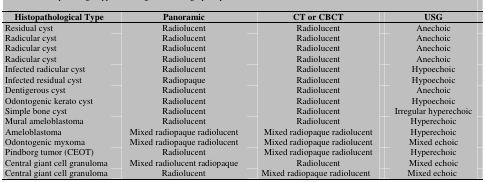
| Histopathological Type | Panoramic | CT or CBCT | USG |
 | --- | --- | --- | --- |
 | Residual cyst | Radiolucent | Radiolucent | Anechoic |
 | Radicular cyst | Radiolucent | Radiolucent | Anechoic |
 | Radicular cyst | Radiolucent | Radiolucent | Anechoic |
 | Radicular cyst | Radiolucent | Radiolucent | Anechoic |
 | Infected radicular cyst | Radiolucent | Radiolucent | Hypoechoic |
 | Infected residual cyst | Radiopaque | Radiolucent | Hypoechoic |
 | Dentigerous cyst | Radiolucent | Radiolucent | Anechoic |
 | Odontogenic kerato cyst | Radiolucent | Radiolucent | Hypoechoic |
 | Simple bone cyst | Radiolucent | Radiolucent | Irregular hyperechoic |
 | Mural ameloblastoma | Radiolucent | Radiolucent | Hyperechoic |
 | Ameloblastoma | Mixed radiopaque radiolucent | Mixed radiopaque radiolucent | Hyperechoic |
 | Odontogenic myxoma | Mixed radiopaque radiolucent | Mixed radiopaque radiolucent | Mixed echoic |
 | Pindborg tumor (CEOT) | Radiolucent | Mixed radiopaque radiolucent | Hyperechoic |
 | Central giant cell granuloma | Mixed radiolucent radiopaque | Radiolucent | Mixed echoic |
 | Central giant cell granuloma | Radiolucent | Mixed radiopaque radiolucent | Mixed echoic |